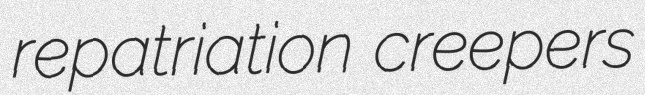
repatriation creepers